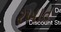
રખાત